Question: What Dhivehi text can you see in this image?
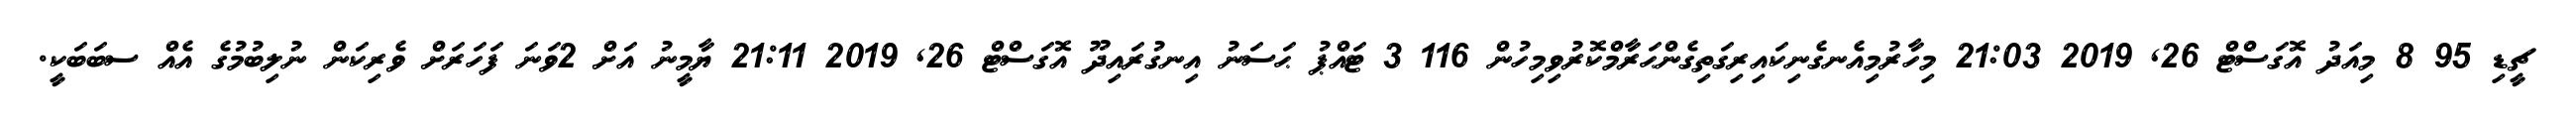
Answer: ޗީޑި 95 8 މިއަދު އޮގަސްޓް 26, 2019 21:03 މިހާރުމިއެނގެނިކައިރިގަތިގެންޙަރާމްކޮރުވިމިހުން 116 3 ޓައްޕު ޙަސަނު އިނގުރައިދޫ އޮގަސްޓް 26, 2019 21:11 ޔާމީނު އަށް 2ވަނަ ފަހަރަށް ވެރިކަން ނުލިބުމުގެ އެއް ސބަބަކީ.